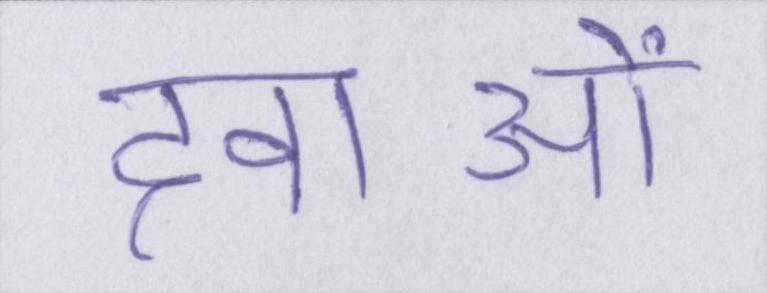
दवाओं